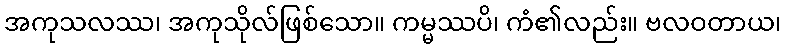
အကုသလဿ၊ အကုသိုလ်ဖြစ်သော။ ကမ္မဿပိ၊ ကံ၏လည်း။ ဗလဝတာယ၊